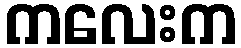
ကလေးက